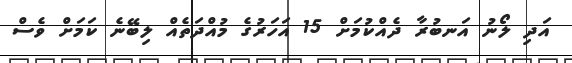
އަދި ލޯނު އަނބުރާ ދެއްކުމަށް 15 އަހަރުގެ މުއްދަތެއް ލިބޭނެ ކަމަށް ވެސް